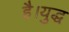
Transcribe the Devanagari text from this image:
है।युद्ध